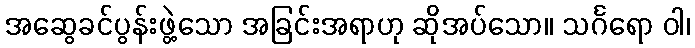
အဆွေခင်ပွန်းဖွဲ့သော အခြင်းအရာဟု ဆိုအပ်သော။ သင်္ဂရော ဝါ၊